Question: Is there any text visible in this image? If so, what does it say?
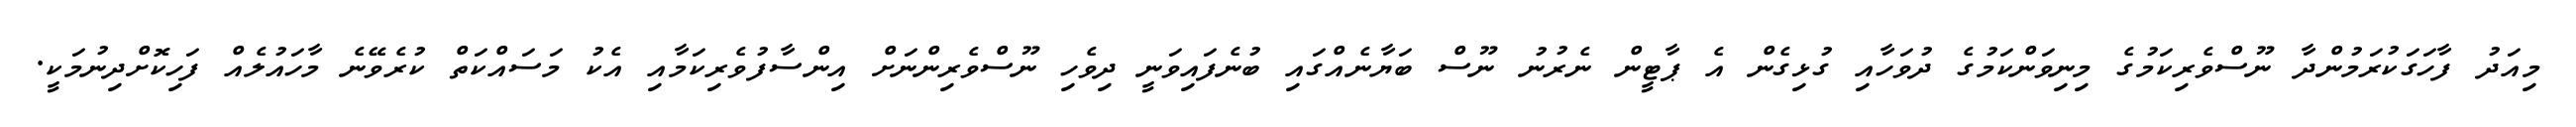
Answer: މިއަދު ފާހަގަކުރަމުންދާ ނޫސްވެރިކަމުގެ މިނިވަންކަމުގެ ދުވަހާއި ގުޅިގެން އެ ޕާޓީން ނެރުނު ނޫސް ބަޔާނެއްގައި ބުނެފައިވަނީ ދިވެހި ނޫސްވެރިންނަށް އިންސާފުވެރިކަމާއި އެކު މަސައްކަތް ކުރެވޭނެ މާހައުލެއް ފަހިކޮށްދިނުމަކީ.